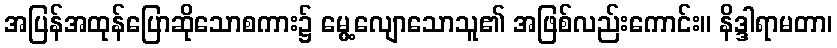
အပြန်အထုန်ပြောဆိုသောစကား၌ မွေ့လျောသောသူ၏ အဖြစ်လည်းကောင်း။ နိဒ္ဒါရာမတာ၊